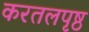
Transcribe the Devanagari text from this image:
करतलपृष्ठ